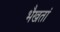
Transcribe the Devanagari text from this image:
भैखतां